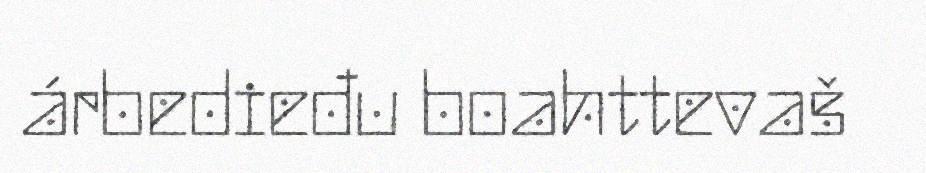
árbedieđu boahttevaš